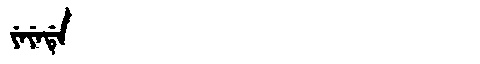
Manchu: ᠶᡝᠶᡝᡩᡝ
Romanization: YEYEDE